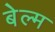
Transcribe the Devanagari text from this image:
बेल्म